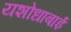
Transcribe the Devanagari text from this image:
यशोधाबाई